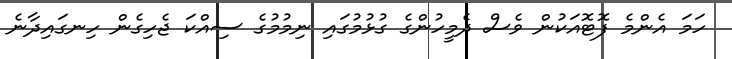
ހަމަ އެންމެ ފޮޓޮއަކުން ވެސް ދެމީހުންގެ ގުޅުމުގައި ނިމުމުގެ ސިއްކަ ޖެހިގެން ހިނގައިދާނެ